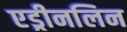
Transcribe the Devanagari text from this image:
एड्रीनलिन